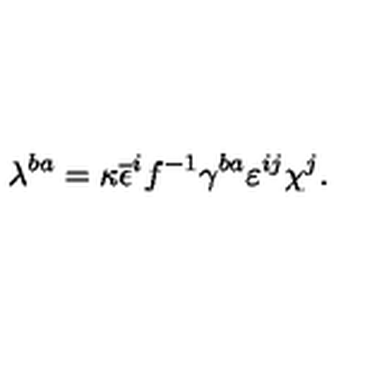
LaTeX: \lambda ^ { b a } = \kappa \overline { { \epsilon } } ^ { i } f ^ { - 1 } \gamma ^ { b a } \varepsilon ^ { i j } \chi ^ { j } .